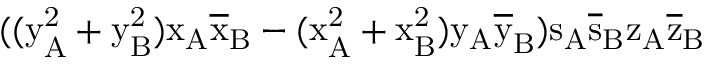
( ( \mathrm { y _ { A } ^ { 2 } + \mathrm { y _ { B } ^ { 2 } ) \mathrm { x _ { A } \mathrm { \overline { { x } } _ { B } - ( \mathrm { x _ { A } ^ { 2 } + \mathrm { x _ { B } ^ { 2 } ) \mathrm { y _ { A } \mathrm { \overline { { y } } _ { B } ) \mathrm { s _ { A } \mathrm { \overline { { s } } _ { B } \mathrm { z _ { A } \mathrm { \overline { { z } } _ { B } } } } } } } } } } } } }